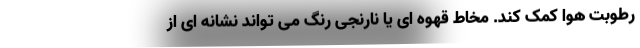
رطوبت هوا کمک کند. مخاط قهوه ای یا نارنجی رنگ می تواند نشانه ای از